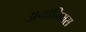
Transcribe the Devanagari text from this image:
अनॉनिमस